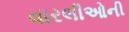
વારલીઓની